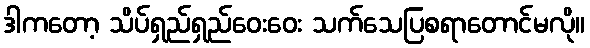
ဒါကတော့ သိပ်ရှည်ရှည်ဝေးဝေး သက်သေပြစရာတောင်မလို။